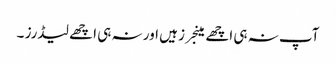
آپ نہ ہی اچھے مینجرز ہیں اور نہ ہی اچھے لیڈرز ۔